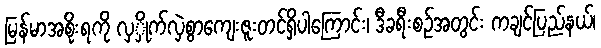
မြန်မာအစိုးရကို လှှိုက်လှဲစွာကျေးဇူးတင်ရှိပါကြောင်း၊ ဒီခရီးစဉ်အတွင်း ကချင်ပြည်နယ်၊